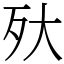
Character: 𣧂